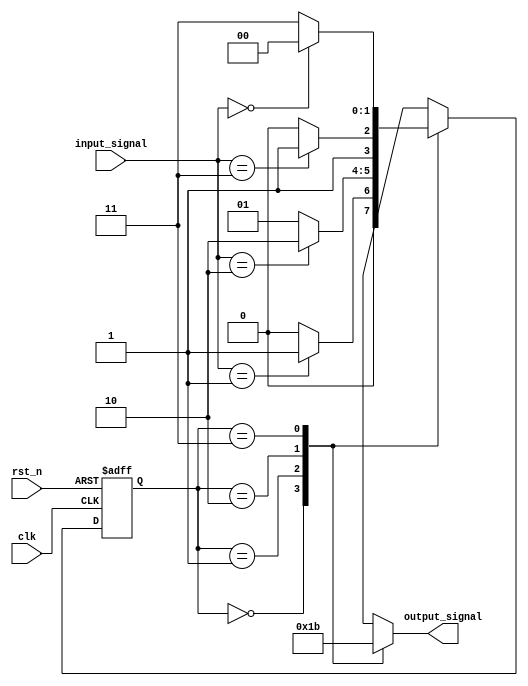
module ParameterizedStateMachine #(
    parameter NUM_STATES = 4,          // Number of states
    parameter INPUT_WIDTH = 2,          // Width of input signals
    parameter OUTPUT_WIDTH = 2           // Width of output signals
)(
    input wire clk,                      // Clock signal
    input wire rst_n,                    // Active low reset
    input wire [INPUT_WIDTH-1:0] input_signal, // Input signals
    output reg [OUTPUT_WIDTH-1:0] output_signal // Output signals
);

    // State encoding using local parameters
    localparam STATE_0 = 2'b00;
    localparam STATE_1 = 2'b01;
    localparam STATE_2 = 2'b10;
    localparam STATE_3 = 2'b11;

    // State register
    reg [1:0] current_state, next_state;

    // State transition logic
    always @(*) begin
        case (current_state)
            STATE_0: begin
                if (input_signal == 2'b01)
                    next_state = STATE_1;
                else
                    next_state = STATE_0;
            end
            STATE_1: begin
                if (input_signal == 2'b10)
                    next_state = STATE_2;
                else
                    next_state = STATE_1;
            end
            STATE_2: begin
                if (input_signal == 2'b11)
                    next_state = STATE_3;
                else
                    next_state = STATE_2;
            end
            STATE_3: begin
                if (input_signal == 2'b00)
                    next_state = STATE_0;
                else
                    next_state = STATE_3;
            end
            default: next_state = STATE_0; // Default case
        endcase
    end

    // State register update
    always @(posedge clk or negedge rst_n) begin
        if (!rst_n)
            current_state <= STATE_0; // Reset to initial state
        else
            current_state <= next_state; // Update to next state
    end

    // Output logic based on current state
    always @(*) begin
        case (current_state)
            STATE_0: output_signal = 2'b00; // Output for STATE_0
            STATE_1: output_signal = 2'b01; // Output for STATE_1
            STATE_2: output_signal = 2'b10; // Output for STATE_2
            STATE_3: output_signal = 2'b11; // Output for STATE_3
            default: output_signal = 2'b00; // Default output
        endcase
    end

endmodule